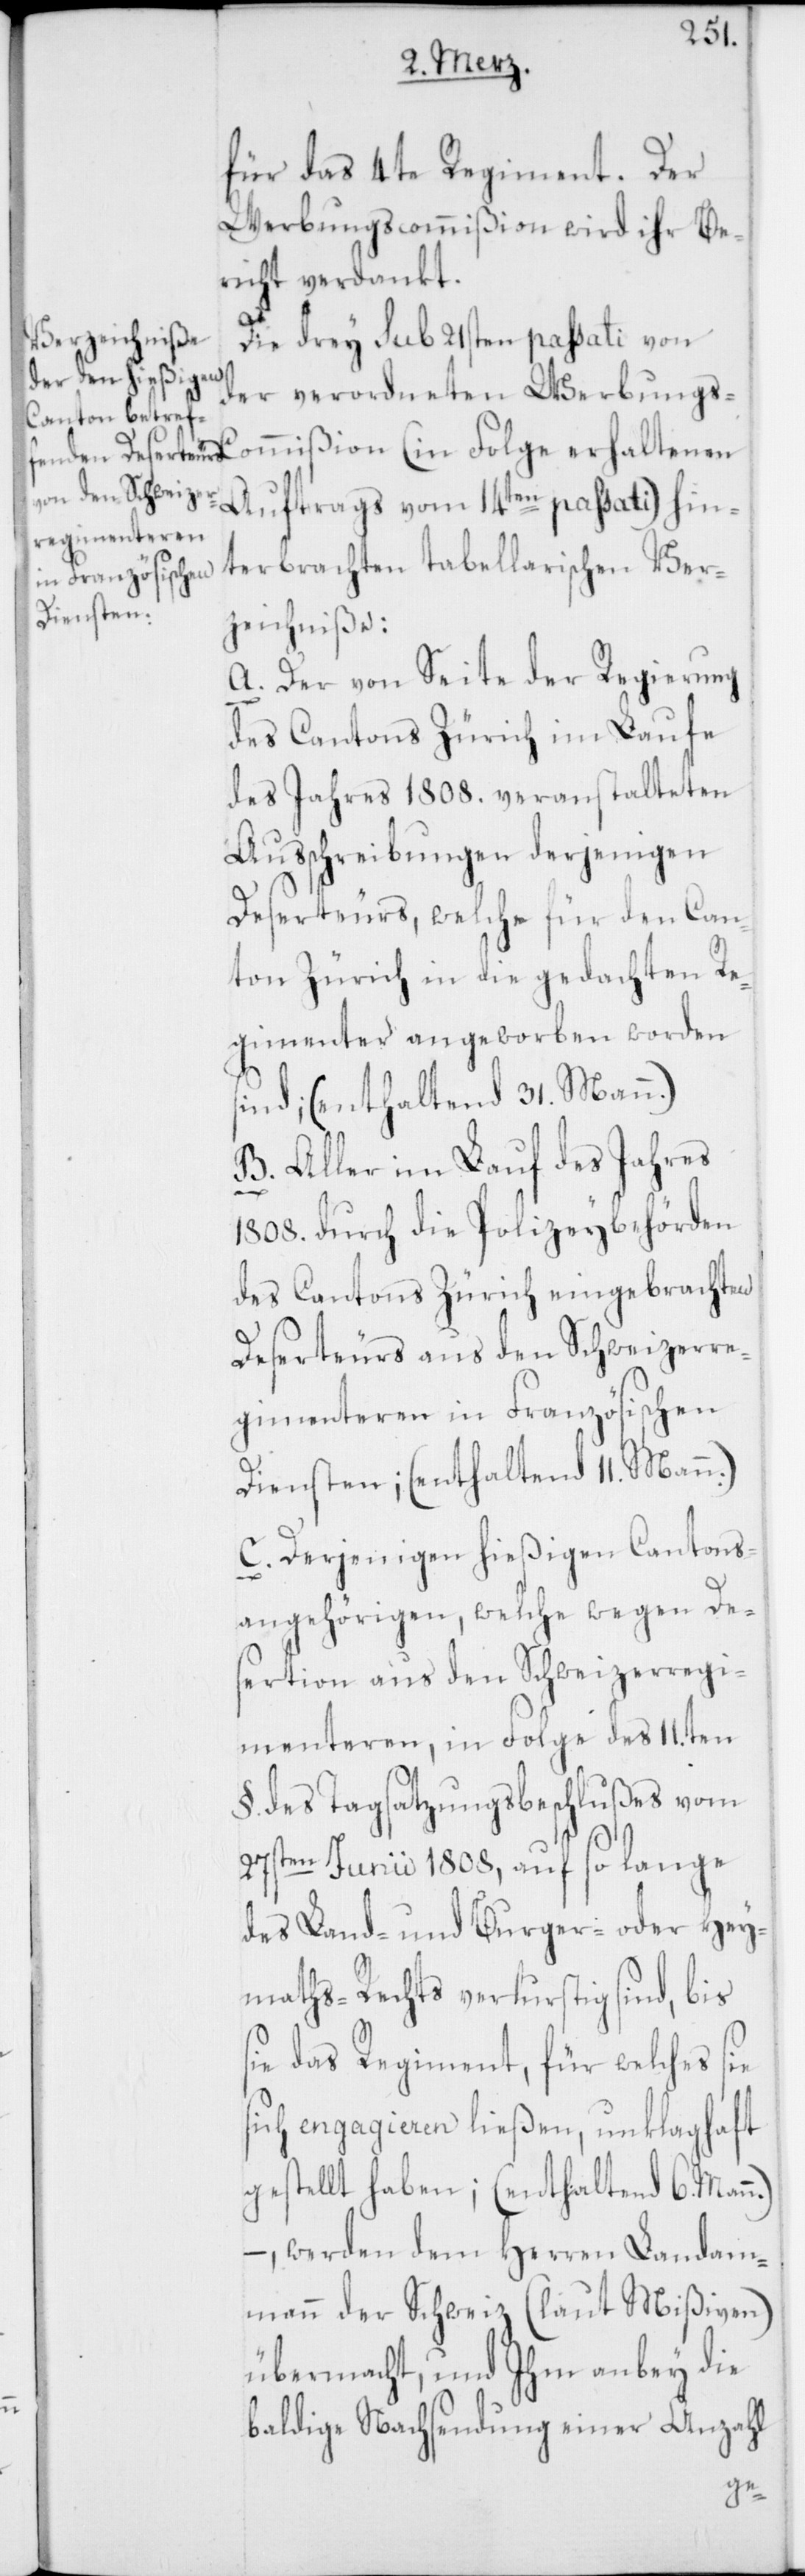
n.),
für das 4te Regiment. Der
Werbungscommißion wird ihr Be¬
richt verdankt.
Die drey sub 21sten passati von
der verordneten Werbungs-C¬
ommißion (in Folge erhaltenen
Auftrags vom 14ten passati) hin¬
terbrachten tabellarischen Ver¬
zeichniße:
a. Der von Seite der Regierung
des Cantons Zürich im Laufe
des Jahres 1808. veranstalteten
Ausschreibungen derjenigen
Deserteurs, welche für den Can¬
ton Zürich in die gedachten Re¬
gimenter angeworben worden
sind; (enthaltend 31. Mann.)
b. Aller im Lauf des Jahres
1808. durch die Polizeybehörden
des Cantons Zürich eingebrachten
Deserteurs aus den Schweizerre¬
gimenteren in Französischen
Diensten; (enthaltend 11. Mann.)
c. Derjenigen hießigen Cantons¬
angehörigen, welche wegen De¬
sertion aus den Schweizerregi¬
menteren, in Folge des 11.ten
§. des Tagsatzungsbeschlußes vom
27sten Junii 1808, auf so lange
des Land- und Burger- oder Hey¬
maths-Rechts verlustig sind, bis
ie das Regiment, für welches sie
sich engagieren ließen, unklaghaft
gestellt haben (enthaltend 6. Man¬
werden dem Herren Landam¬
mann der Schweiz (laut Mißiven)
übermacht, und Ihm anbey die
baldige Nachsendung einer Anzahl
s¬